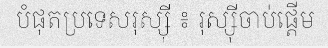
បំផុតប្រទេសរុស្ស៊ី ៖ រុស្ស៊ីចាប់ផ្តើម